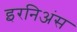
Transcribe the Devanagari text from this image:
इरनिअंस